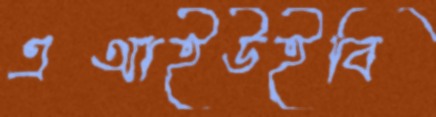
এআইউইবি